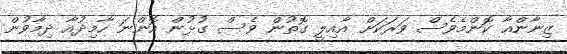
ޒިނާންއާ ކޮންމެވެސް ވަރަކަށް އާއިލީ ގޮތުން ވެސް ގުޅުން އޮންނަ ހާމިދުއާ ދިމާވުން